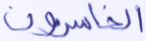
الخاسرون